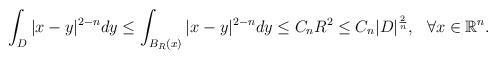
LaTeX: \begin{align*}\begin{aligned}\int_{D}|x-y|^{2-n}dy\leq \int_{B_R(x)}|x-y|^{2-n}dy\leq C_nR^{2}\leq C_n|D|^{\frac{2}{n}},\ \ \forall x\in \mathbb{R}^n.\end{aligned}\end{align*}